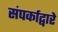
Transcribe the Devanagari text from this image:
संपर्काद्वारे